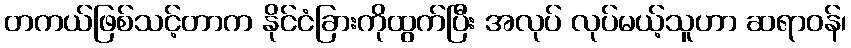
တကယ်ဖြစ်သင့်တာက နိုင်ငံခြားကိုထွက်ပြီး အလုပ် လုပ်မယ့်သူဟာ ဆရာဝန်၊